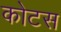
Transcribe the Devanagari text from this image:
कोटस